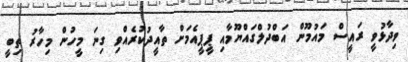
ވިދާޅުވީ ރައީސް މައުމޫން އަބްދުލްގައްޔޫމާއި ޕީޕީއެމަށް ތާއީދުކުރެއްވި ގިނަ މީހުން މިހާރު ތިބީ